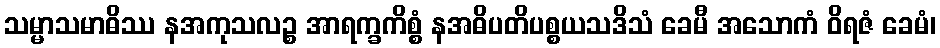
သမ္မာသမာဓိဿ နအကုသလဉ္စ အာရက္ခကိစ္စံ နအဓိပတိပစ္စယသဒိသံ ခေမီ အသောကံ ဝိရဇံ ခေမံ၊